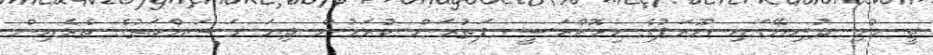
ތީ މުޅި ދުނިޔޭގައި ޔޫރަޕުގެ ޑިމޮކްރަސީ ފަތުރަން ކުރަމުން ދިޔަ މަސައްކަތުގެ ތެރެއިން